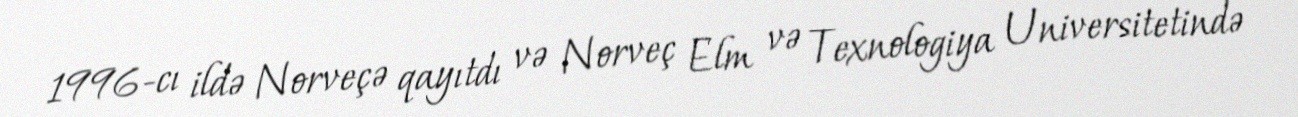
1996-cı ildə Norveçə qayıtdı və Norveç Elm və Texnologiya Universitetində